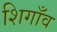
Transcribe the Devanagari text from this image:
शिगाँव